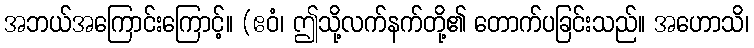
အဘယ်အကြောင်းကြောင့်။ (ဧဝံ၊ ဤသို့လက်နက်တို့၏ တောက်ပခြင်းသည်။ အဟောသိ၊